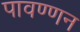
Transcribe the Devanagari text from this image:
पावण्णन